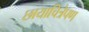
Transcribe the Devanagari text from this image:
छायाचित्रेपण